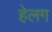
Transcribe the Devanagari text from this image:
हेलग